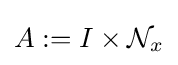
A:=I\times {\mathcal {N}}_{x}